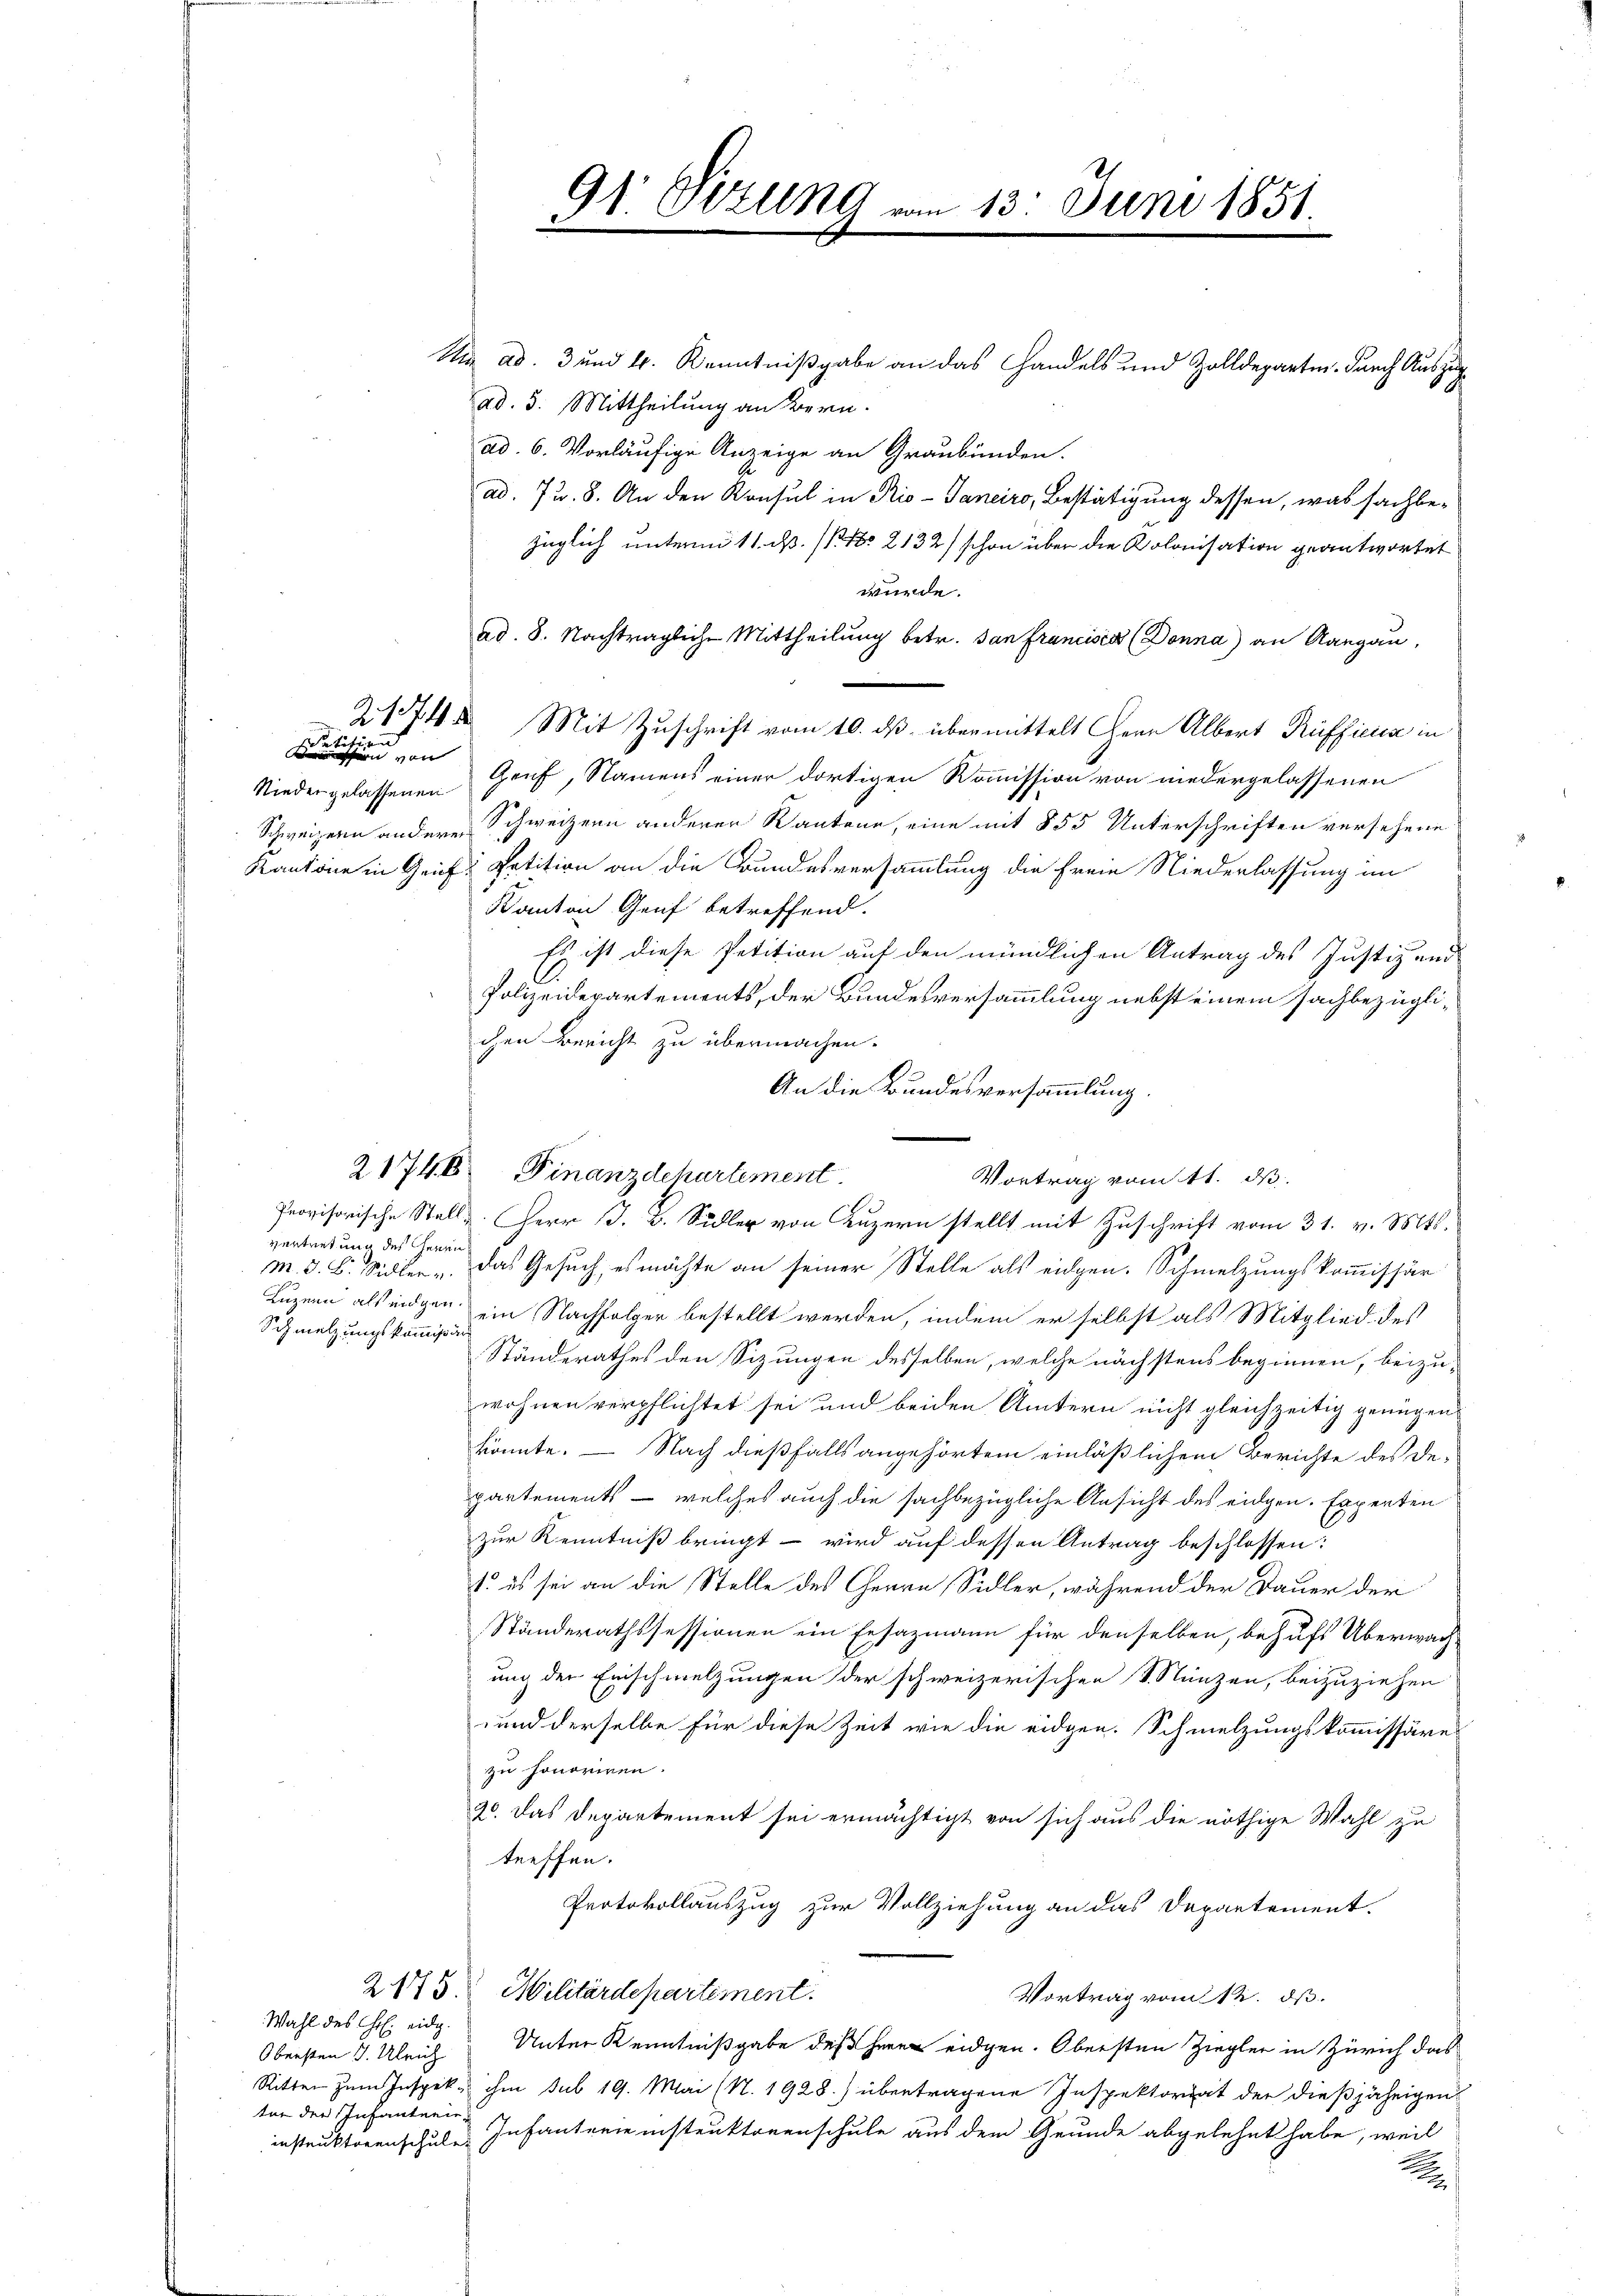
aufgen

Schen von
Nieder gelassenen

vertretung des Herrn
Schmelzungskommißär

Wahl des Hl. eidg.
Obersten J. Ulrich
ter der Infanterie¬

Ma ad. 3 und 4. Kenntnißgabe an das Handels und Zolldepartin durch Auszug
ad. 5. Mittheilung an Bern.
ad. 6. Vorläufige Anzeige an Graubünden.
ad. 72. 8. An den Konsul in Rio-Janeiro, Bestätigung dessen, was sachbezüglich unterm 11. d. 1. No 2132) schon über die Kolonisation geantwortet
würde.
ad. 8. Nachträgliche Mittheilung betr. dan francisca (Donna) an Aargau,
21744 Mit Zuschrift vom 10. ds. übermittelt Herr Albert Rüfficia in
Genf, Namens einer dortigen Kommission von niedergelassenen
Schweizern andere Schweizern anderer Kantone, eine mit 855 Unterschriften versehene
Kantone in Geif, Petition an die Bundesversammlung die freie Niederlassung im
Kanton Genf betreffend.
Es ist diese Petition auf den mündlichen Antrag des Justiz und
Polizeidepartements, der Bundesversammlung nebst einem sachbezüglichen Bericht zu übermachen.
An die Bundesversammlung.
Provisorische Stelle. Herr J. B. Sidler von Luzern stellt mit Zuschrift vom 31. v. Mts.
m. J. B. Sidler - das Gesuch, es möchte an seiner Stelle als eidgen. Schmelzungskommissär
Luzern als inigen ein Nachfolger bestellt werden, indem er selbst als Mitglied des
Ständerathes den Sizungen desselben, welche nächstens beginnen, beizu-
wohnen verpflichtet sei und beiden Ämtern nicht gleichzeitig genügen
könnte. — Nach dießfalls angehörtem einläßlichem Berichte des Departements - welches auch die sachbezügliche Ansicht des eidgen. Experten
zur Kenntniß bringt – wird auf dessen Antrag beschlossen:
1. es sei an die Stelle des Herrn Sidler, während der Dauer der
Ständerathssessionen ein Ersazmann für denselben, behufs Überwachung der Einschmelzungen der schweizerischen S. Nunzen, beizuziehen
und derselbe für diese Zeit wie die eidgen. Schmelzungskommissäre
zu honoriren.
20. Das Departement sei ermächtigt von sich aus die nöthige Wahl zu
treffen.
Protokollauszug zur Vollziehung an das Departement.
2175. Militärdepartement.
Vortrag vom 12. ds.
Unter Kenntnißgabe des eidgen. Obersten Ziegler in Zürich das
Ritten zum Inspek, ihm sub 19. Mai (N. 1928.) übertragene Inspektoriat der dießjährigen
instruktorenschule Infanterie instruktorenschule aus dem Grunde abgelehnt habe, weil
.

91. Sitzung

21746 Finanzdehartement.

13. Juni 1851.

Vortrag vom 11. ds.